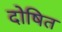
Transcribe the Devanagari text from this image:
दोषित